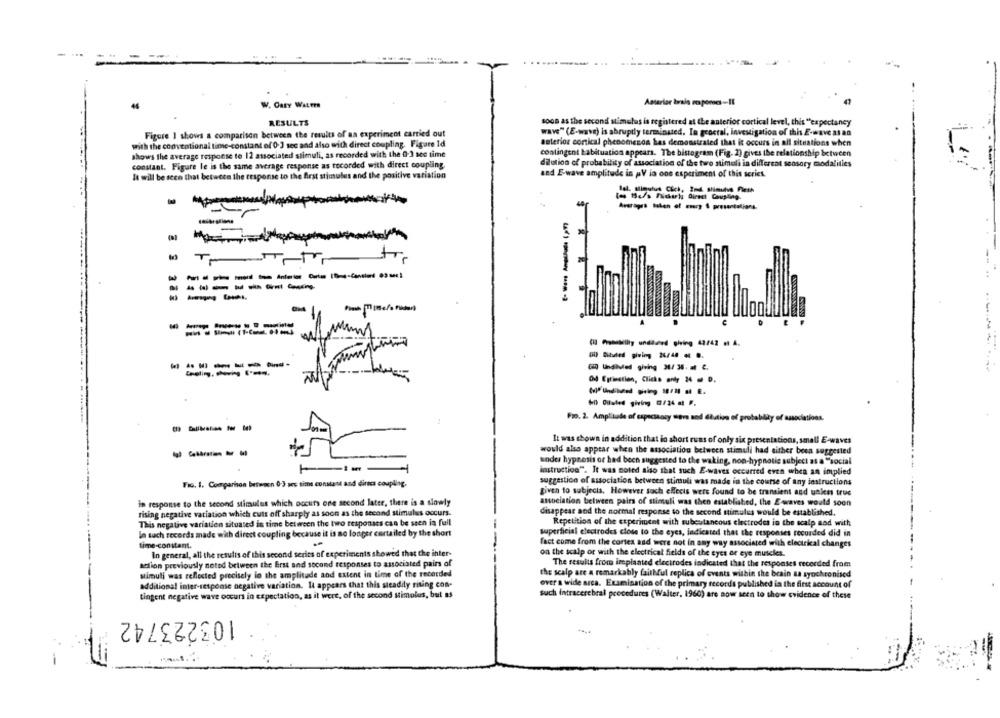
Amarler brala responses-Il
W. Oaty WALTER
RESULTS
soon as the second stimulus is registered at the anterior cortical level, this "expectancy
Figure 1 shows a comparison between the results of an experiment carried out
WAVE" (E-wave) is abruptly terminated. In geoctal, investigation of this E-wave at an
with the conventional time-constant of 0 1 sec and also with direct coupling. Figure Id
anterior cortical phenomenon has demonstrated that it occurs in all situations when
shows the average response to 12 associated stimuli, as recorded with the 0-3 sec time
contingent Labituation appears. The bistogram (Fig. 2) gives the relationship between
constant. Figure le is the same average response as tocorded with direct coupling.
dilution of probability of association of the two stimuli in different sensory modalities
and E-wave amplitude in pV is ons experiment of this series.
It will be seen that between the response to the first stimulus and the positive variation
Sal. Slimulus Chci, In4 stimulus Flesh
los 15c/s Ficark Direct Coupling.
Averages talen of mary 4 presentations.
--------
------- - -
--- ----
= == ===
04 Eprinstion, Clicks only 24 D.
60) Oulaled giving 2/24 = P.
Fro. 2. Ampliuade of capacitacy move and dlution of probability of associations.
--- -
It was shown in addition that in short ruas of only six presentations, small E-waves
---- -
would also appear when the association between stimuli had either been suggested
andes hypnosis or had been suggested to the waking, non-hypnotic subject as a "social
instruction". It was noted also that such E-waves occurred even when an implied
FIG. 1. Comparison between 0:3 sec time constant and dirtca coupling.
suggestion of association between stimuli was made in the course of any instructions
given to subjecis, However such effects were found to be transient and unkes true
in response to the second stimulus which occurs one second later, there is a slowly
association between pairs of stimuli was then established, the E -waves would soon
rising negative variation which cuts off sharply as soon as the second stimulus occurs.
disappear and the normal response to the second stimulus would be established.
This negative variation situated in time between the two responses can be seen in full
Repetition of the experiment with subcutaneous electrodes in the scalp aad with
In such records made with direct coupling because it is no longer curtailed by the short
superficial electrodes close to the eyes, indicated that the responses recorded did in
time-constant.
fact come from the cortes and were not in any way associated with electrical changes
In general, all the results of this second series of experiments showed that the inter-
on the scalp or with the electrical fields of the eyes or eye muscles.
action previously noted between the Erst and second responses to associated pairs of
The results from implanted electrodes indicated that the responses recorded from
simuli was reflected precisely lo the amplitude and extent in time of the recorded
the scalp are a remarkably faithful replica of events within the brain aa synchronised
additional inter-response negative variation. It appears that this steadily rising con-
over a wide area. Examination of the primary records published in the first account of
tingent negative wave occurs in expectation, as it were, of the second stimulus, but as
such intracerebral procedures (Walter, 1960) are now seen to show evidence of these
103223742